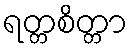
ရတ္တစိတ္တာ